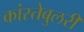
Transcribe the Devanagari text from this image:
कांस्तेबुलरी